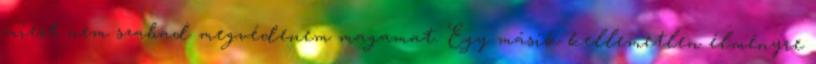
miért nem szabad megvédenem magamat. Egy másik kellemetlen élményre